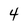
Character: 4